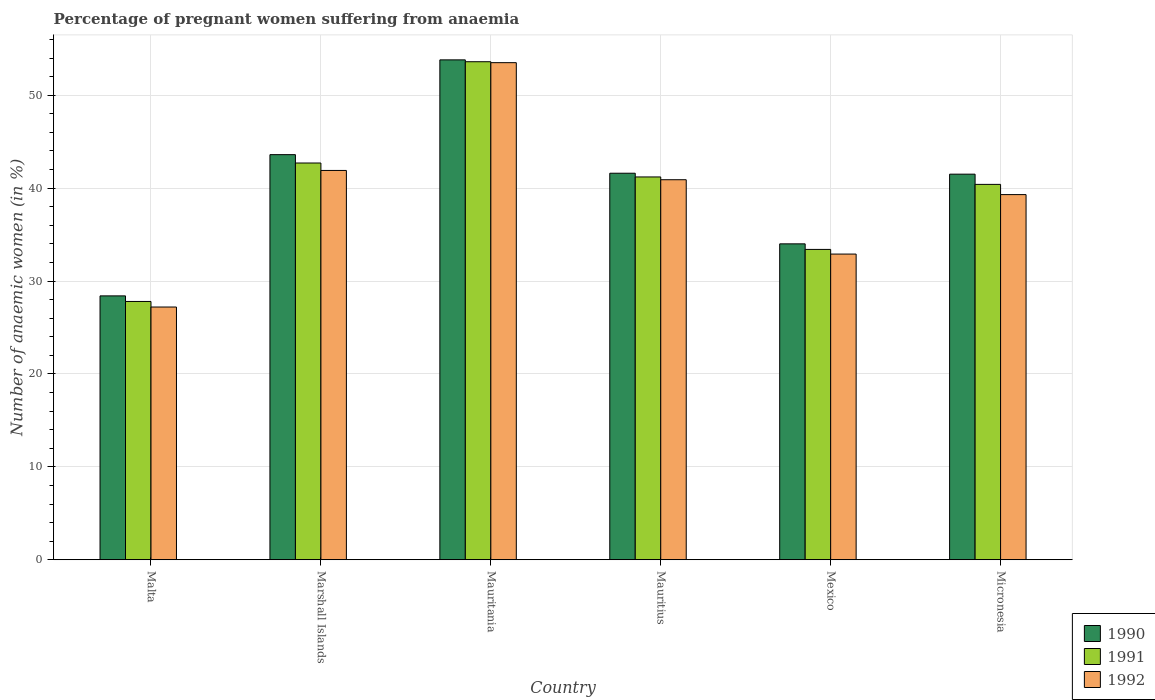
| Country | 1990 | 1991 | 1992 |
 | --- | --- | --- | --- |
 | Malta | 28.4 | 27.8 | 27.2 |
 | Marshall Islands | 43.6 | 42.7 | 41.9 |
 | Mauritania | 53.8 | 53.6 | 53.5 |
 | Mauritius | 41.6 | 41.2 | 40.9 |
 | Mexico | 34 | 33.4 | 32.9 |
 | Micronesia | 41.5 | 40.4 | 39.3 |